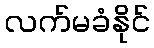
လက်မခံနိုင်